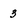
Character: 3